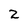
Character: 2